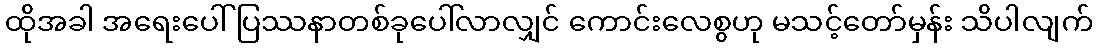
ထိုအခါ အရေးပေါ်ပြဿနာတစ်ခုပေါ်လာလျှင် ကောင်းလေစွဟု မသင့်တော်မှန်း သိပါလျက်